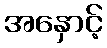
အနှောင့်